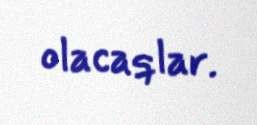
olacaqlar.